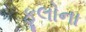
ફૂલોના